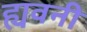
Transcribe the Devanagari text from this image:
ह्यवनी